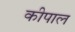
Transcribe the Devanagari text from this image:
कीपाल